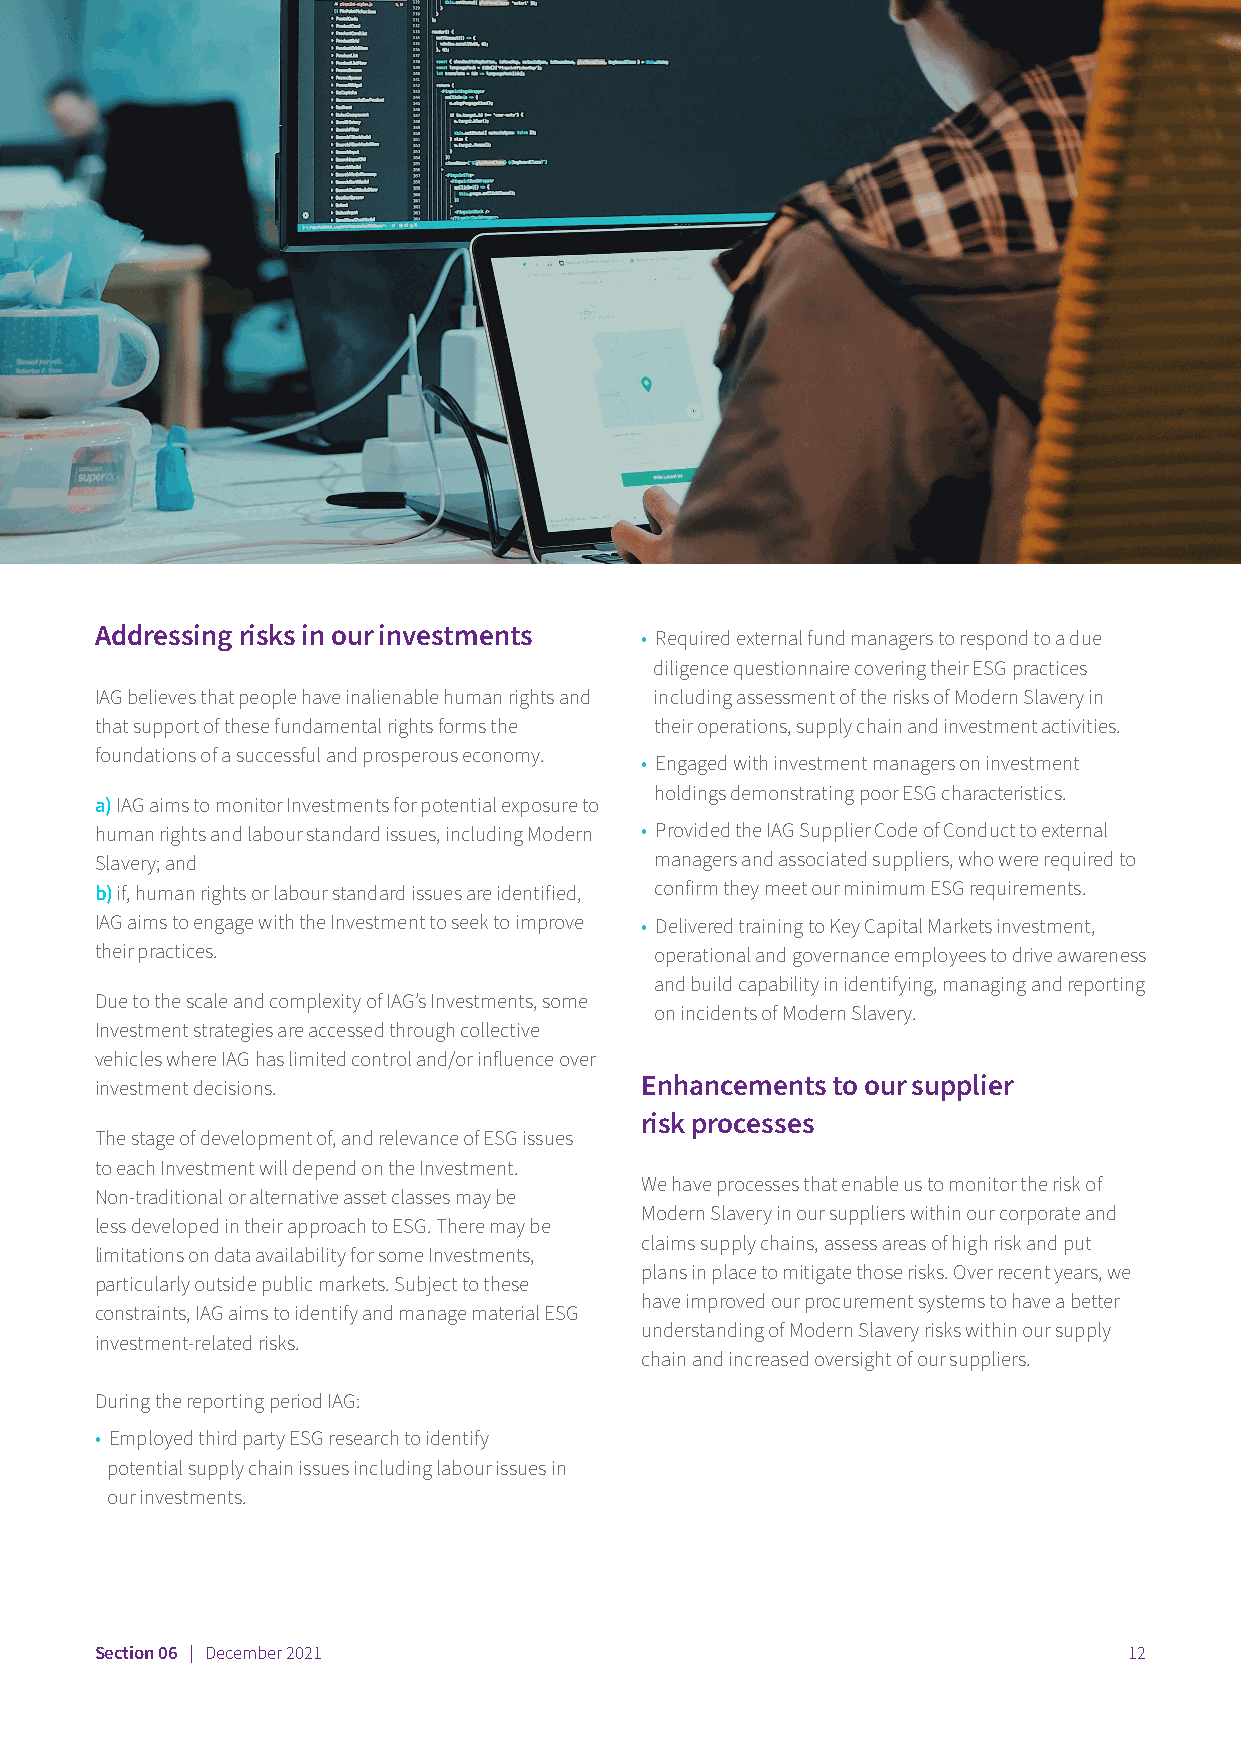
Addressing risks in our investments • Required external fund managers to respond to a due
 diligence questionnaire covering their ESG practices
 IAG believes that people have inalienable human rights and including assessment of the risks of Modern Slavery in
 that support of these fundamental rights forms the their operations, supply chain and investment activities.
 foundations of a successful and prosperous economy.
 • Engaged with investment managers on investment
 holdings demonstrating poor ESG characteristics.
 a) IAG aims to monitor Investments for potential exposure to
 human rights and labour standard issues, including Modern • Provided the IAG Supplier Code of Conduct to external
 Slavery; and                         managers and associated suppliers, who were required to
 b) if, human rights or labour standard issues are identified, confirm they meet our minimum ESG requirements.
 IAG aims to engage with the Investment to seek to improve • Delivered training to Key Capital Markets investment,
 their practices.                     operational and governance employees to drive awareness
 and build capability in identifying, managing and reporting
 Due to the scale and complexity of IAG’s Investments, some
 on incidents of Modern Slavery.
 Investment strategies are accessed through collective
 vehicles where IAG has limited control and/or influence over
 investment decisions.               Enhancements to our supplier
 risk processes
 The stage of development of, and relevance of ESG issues
 to each Investment will depend on the Investment.
 We have processes that enable us to monitor the risk of
 Non-traditional or alternative asset classes may be
 Modern Slavery in our suppliers within our corporate and
 less developed in their approach to ESG. There may be
 claims supply chains, assess areas of high risk and put
 limitations on data availability for some Investments,
 plans in place to mitigate those risks. Over recent years, we
 particularly outside public markets. Subject to these
 have improved our procurement systems to have a better
 constraints, IAG aims to identify and manage material ESG
 understanding of Modern Slavery risks within our supply
 investment-related risks.
 chain and increased oversight of our suppliers.
 During the reporting period IAG:
 • Employed third party ESG research to identify
 potential supply chain issues including labour issues in
 our investments.
 Section 06 | December 2021                                           12